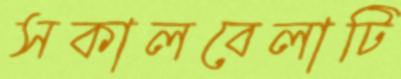
সকালবেলাটি